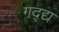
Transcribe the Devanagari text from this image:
गद्द्य